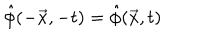
LaTeX: \hat { \phi } ( - \vec { x } , - t ) = \hat { \phi } ( \vec { x } , t )